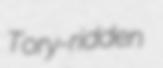
Tory-ridden